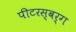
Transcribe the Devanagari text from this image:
पीटरस्बर्ग